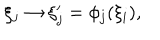
LaTeX: \xi _ { j } \rightarrow \xi _ { j } ^ { \prime } = \phi _ { j } ( \xi _ { i } ) ,